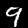
Digit: 9